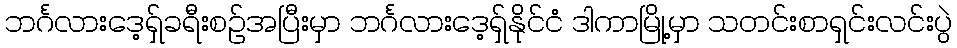
ဘင်္ဂလားဒေ့ရှ်ခရီးစဉ်အပြီးမှာ ဘင်္ဂလားဒေ့ရှ်နိုင်ငံ ဒါကာမြို့မှာ သတင်းစာရှင်းလင်းပွဲ